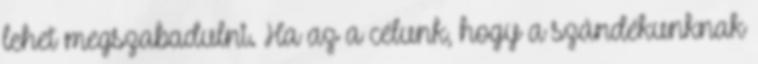
lehet megszabadulni. Ha az a célunk, hogy a szándékunknak